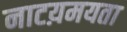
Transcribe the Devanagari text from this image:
नाटय़मयता